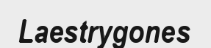
Laestrygones